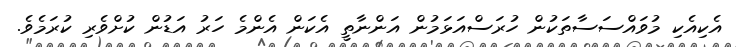
އެކިއެކި މުވައްސަސާތަކުން ހުރަސްއަޅަމުން އަންނާތީ އެކަން އެންމެ ހަރު އަޑުން ކުށްވެރި ކުރަމެވެ.